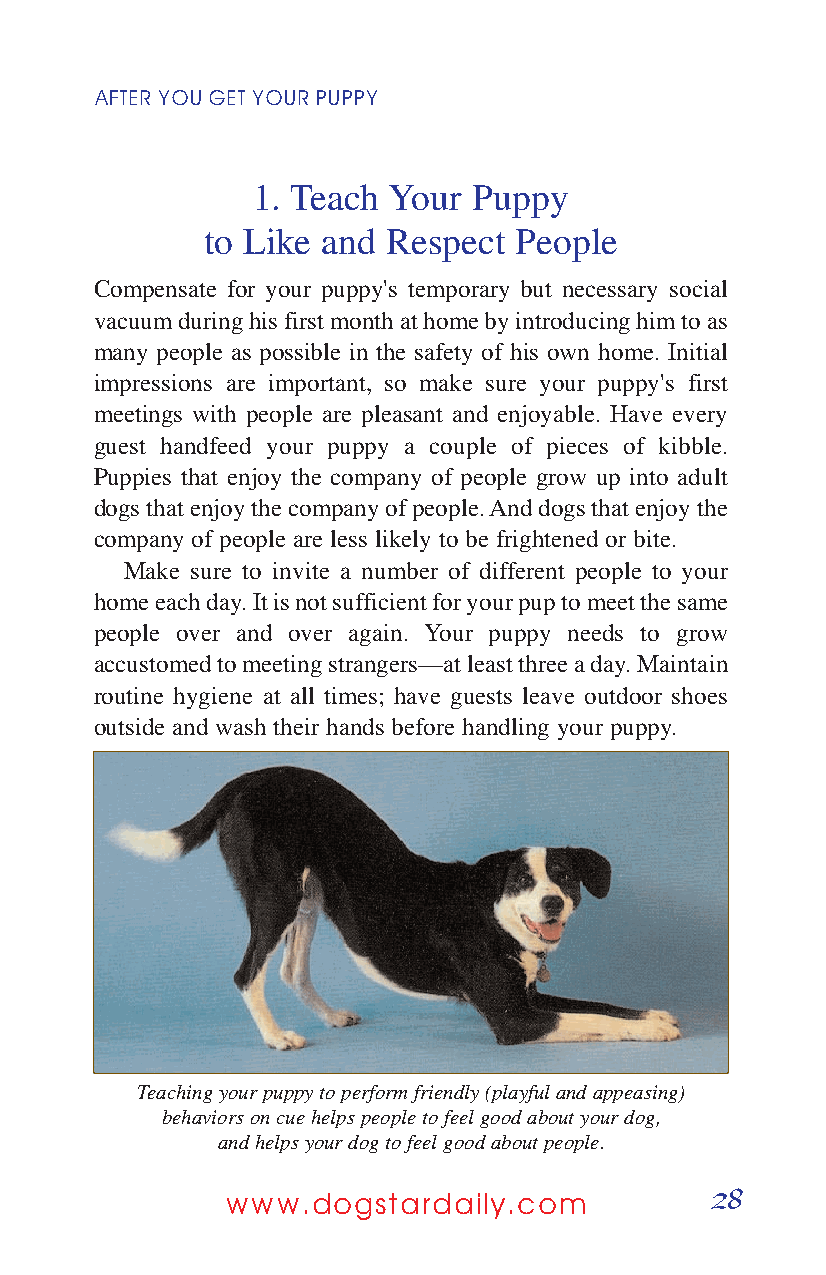
AFTER YOUGETYOURPUPPY
 1. Teach Your Puppy
 to Like and  Respect People
 Compensate for your puppy's temporary but necessary social
 vacuum during his first month at home by introducing him to as
 many people as possible in the safety of his own home. Initial
 impressions are important, so make sure your puppy's first
 meetings with people are pleasant and enjoyable. Have every
 guest handfeed your puppy a couple of pieces of kibble.
 Puppies that enjoy the company of people grow up into adult
 dogs that enjoy the company of people. And dogs that enjoy the
 company of people are less likely to be frightened or bite.
 Make sure to invite a number of different people to your
 home each day. It is not sufficient for your pup to meet the same
 people over and over again. Your puppy needs to grow
 accustomed to meeting strangers—at least three a day. Maintain
 routine hygiene at all times; have guests leave outdoor shoes
 outside and wash their hands before handling your puppy.
 Teaching your puppy to perform friendly (playful and appeasing)
 behaviors on cue helps people to feel good about your dog,
 and helps your dog to feel good about people.
 28
 www.dogstardaily.com